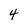
Character: 4